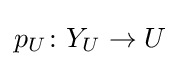
p_{U}\colon Y_{U}\to U